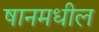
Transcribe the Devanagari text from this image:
षानमधील